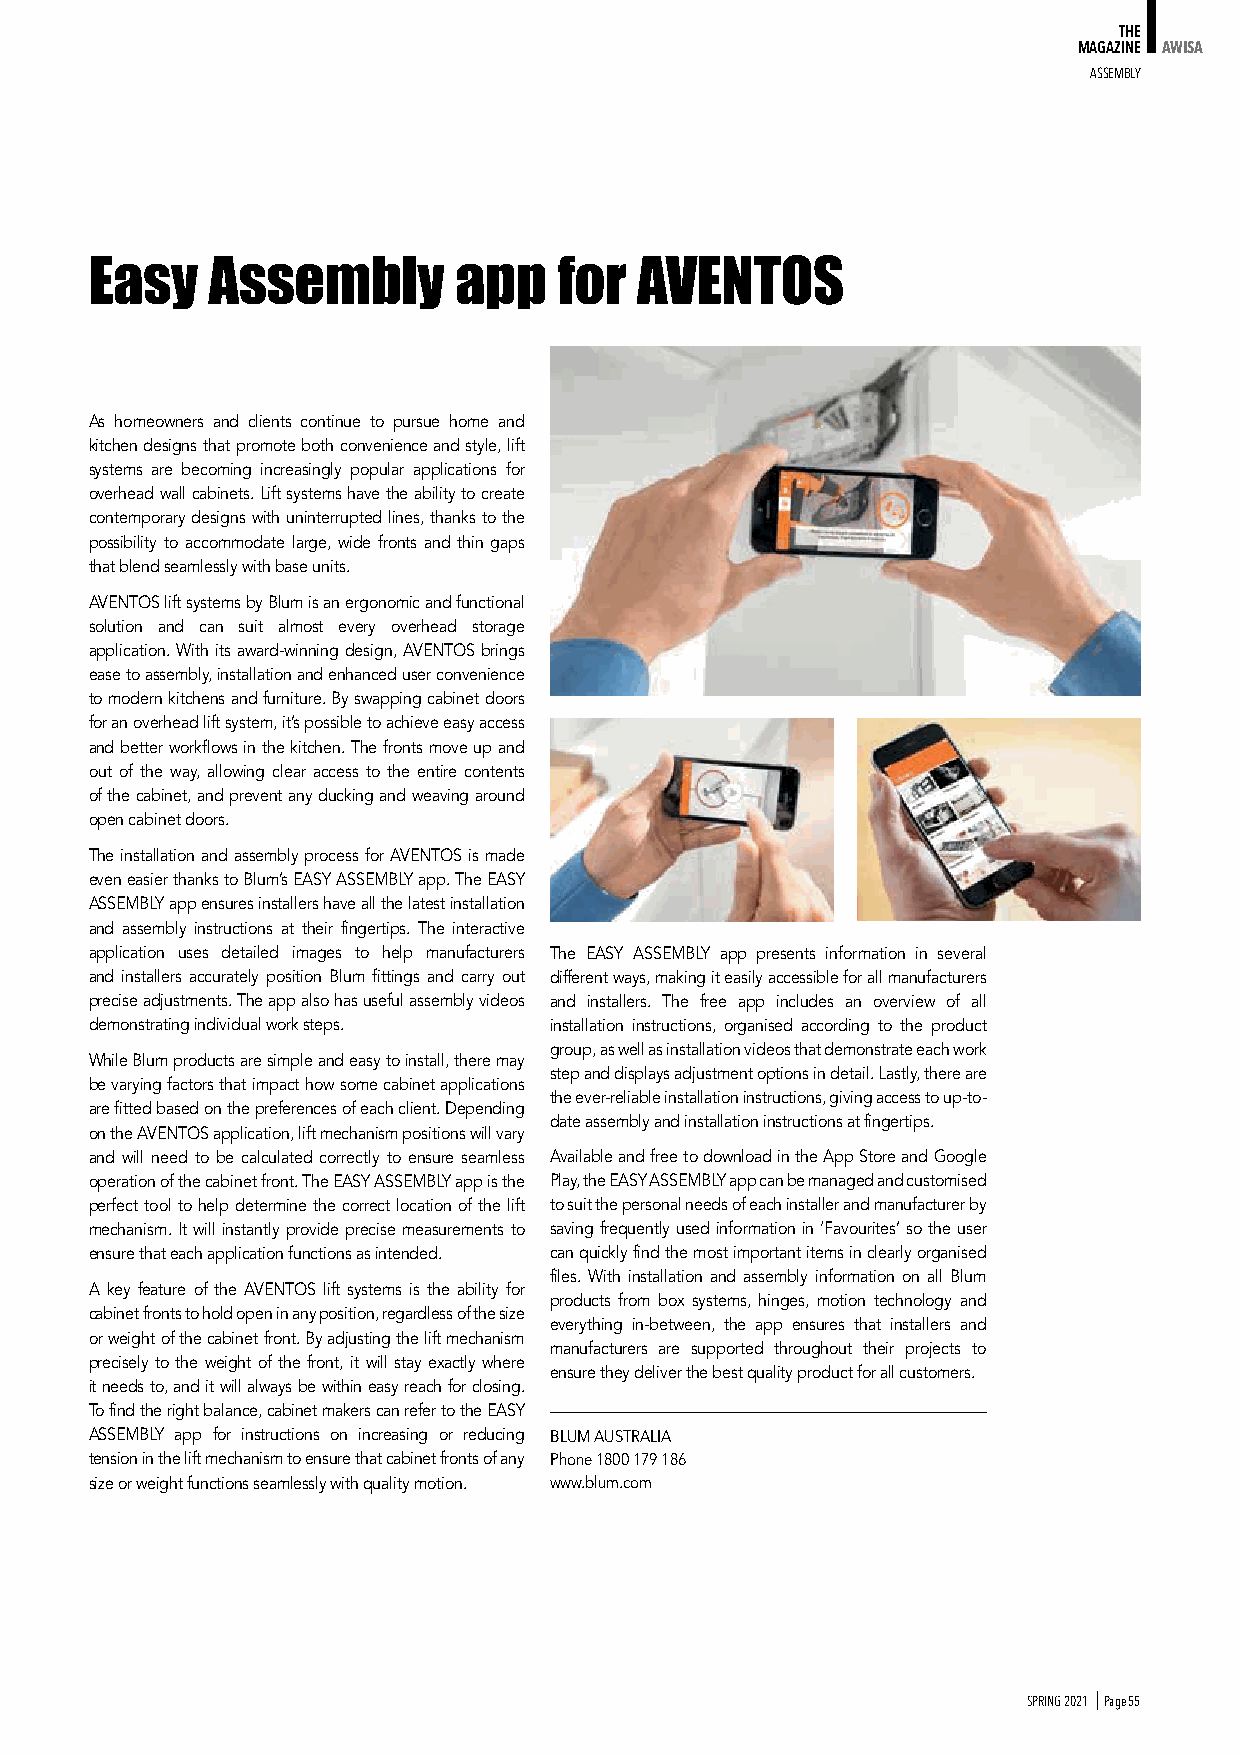
THE
 MAGAZINE AWISA
 ASSemBly
 Easy    Assembly        app    for  AVENTOS
 As homeowners and clients continue to pursue home and
 kitchen designs that promote both convenience and style, lift
 systems are becoming increasingly popular applications for
 overhead wall cabinets. Lift systems have the ability to create
 contemporary designs with uninterrupted lines, thanks to the
 possibility to accommodate large, wide fronts and thin gaps
 that blend seamlessly with base units.
 AVENTOS lift systems by Blum is an ergonomic and functional
 solution and can suit almost every overhead storage
 application. With its award-winning design, AVENTOS brings
 ease to assembly, installation and enhanced user convenience
 to modern kitchens and furniture. By swapping cabinet doors
 for an overhead lift system, it’s possible to achieve easy access
 and better workflows in the kitchen. The fronts move up and
 out of the way, allowing clear access to the entire contents
 of the cabinet, and prevent any ducking and weaving around
 open cabinet doors.
 The installation and assembly process for AVENTOS is made
 even easier thanks to Blum’s EASY ASSEMBLY app. The EASY
 ASSEMBLY app ensures installers have all the latest installation
 and assembly instructions at their fingertips. The interactive
 application uses detailed images to help manufacturers The EASY ASSEMBLY app presents information in several
 and installers accurately position Blum fittings and carry out different ways, making it easily accessible for all manufacturers
 precise adjustments. The app also has useful assembly videos and installers. The free app includes an overview of all
 demonstrating individual work steps. installation instructions, organised according to the product
 group, as well as installation videos that demonstrate each work
 While Blum products are simple and easy to install, there may
 step and displays adjustment options in detail. Lastly, there are
 be varying factors that impact how some cabinet applications
 the ever-reliable installation instructions, giving access to up-to-
 are fitted based on the preferences of each client. Depending
 date assembly and installation instructions at fingertips.
 on the AVENTOS application, lift mechanism positions will vary
 and will need to be calculated correctly to ensure seamless Available and free to download in the App Store and Google
 operation of the cabinet front. The EASY ASSEMBLY app is the Play, the EASY ASSEMBLY app can be managed and customised
 perfect tool to help determine the correct location of the lift to suit the personal needs of each installer and manufacturer by
 mechanism. It will instantly provide precise measurements to saving frequently used information in ‘Favourites’ so the user
 ensure that each application functions as intended. can quickly find the most important items in clearly organised
 files. With installation and assembly information on all Blum
 A key feature of the AVENTOS lift systems is the ability for
 products from box systems, hinges, motion technology and
 cabinet fronts to hold open in any position, regardless of the size
 everything in-between, the app ensures that installers and
 or weight of the cabinet front. By adjusting the lift mechanism
 manufacturers are supported throughout their projects to
 precisely to the weight of the front, it will stay exactly where
 ensure they deliver the best quality product for all customers.
 it needs to, and it will always be within easy reach for closing.
 To find the right balance, cabinet makers can refer to the EASY
 ASSEMBLY app for instructions on increasing or reducing BLUM AUSTRALIA
 tension in the lift mechanism to ensure that cabinet fronts of any Phone 1800 179 186
 size or weight functions seamlessly with quality motion. www.blum.com
 SPRING 2021 I Page 55